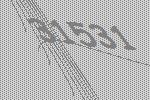
31531